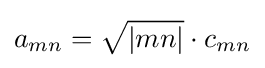
a_{mn}={\sqrt {|mn|}}\cdot c_{mn}